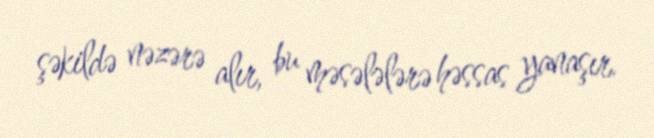
şəkildə nəzərə alır, bu məsələlərə həssas yanaşır.